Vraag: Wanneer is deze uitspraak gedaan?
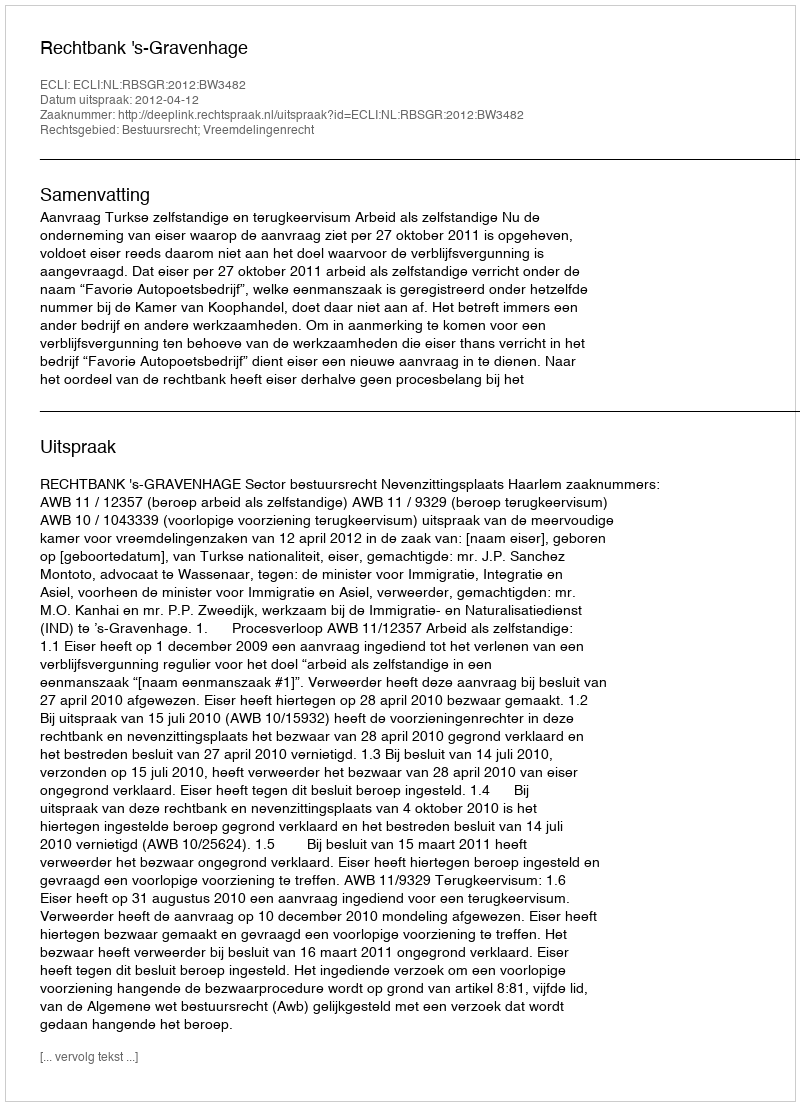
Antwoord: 2012-04-12